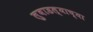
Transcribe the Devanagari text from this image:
लुबाडल्याच्या